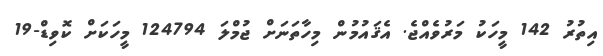
އިތުރު 142 މީހަކު މަރުވެއްޖެ. އެޤައުމުން މިހާތަނަށް ޖުމްލަ 124794 މީހަކަށް ކޮވިޑް-19